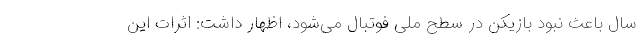
سال باعث نبود بازیکن در سطح ملی فوتبال می‌شود، اظهار داشت: اثرات این